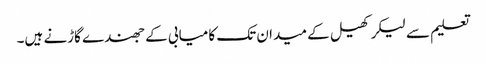
تعلیم سے لیکر کھیل کے میدان تک کامیابی کے جھندے گاڑنے ہیں۔